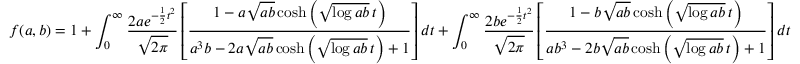
f ( a , b ) = 1 + \int _ { 0 } ^ { \infty } { \frac { 2 a e ^ { - { \frac { 1 } { 2 } } t ^ { 2 } } } { \sqrt { 2 \pi } } } \left[ { \frac { 1 - a { \sqrt { a b } } \cosh \left( { \sqrt { \log a b } } \, t \right) } { a ^ { 3 } b - 2 a { \sqrt { a b } } \cosh \left( { \sqrt { \log a b } } \, t \right) + 1 } } \right] d t + \int _ { 0 } ^ { \infty } { \frac { 2 b e ^ { - { \frac { 1 } { 2 } } t ^ { 2 } } } { \sqrt { 2 \pi } } } \left[ { \frac { 1 - b { \sqrt { a b } } \cosh \left( { \sqrt { \log a b } } \, t \right) } { a b ^ { 3 } - 2 b { \sqrt { a b } } \cosh \left( { \sqrt { \log a b } } \, t \right) + 1 } } \right] d t